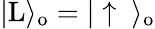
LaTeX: |\mathrm{L}\rangle_{\mathrm{o}}=|\uparrow\ \rangle_{\mathrm{o}}